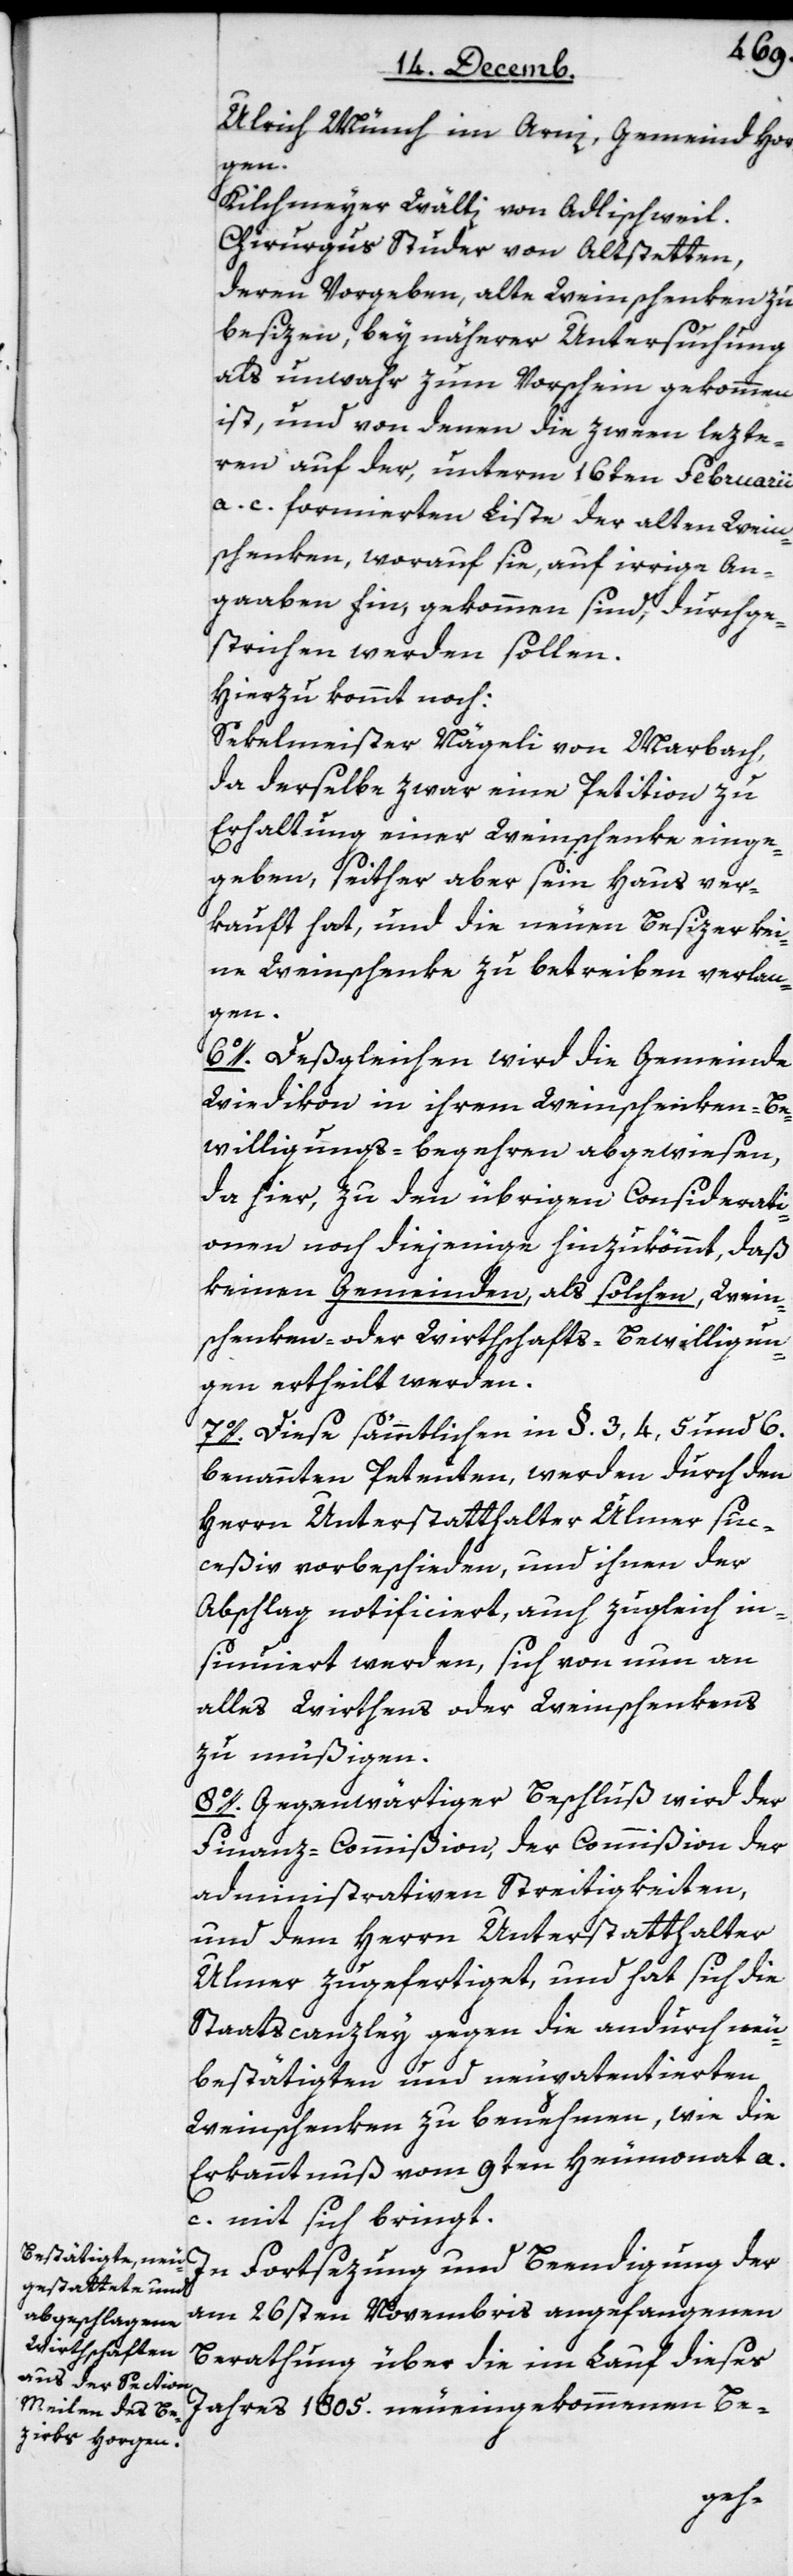
Ulrich Münch im Arni, Gemeind Hor¬
gen.
Kilchmeyer Wälti von Adlischweil.
Chirurgus Studer von Altstetten,
deren Vorgeben, alte Weinschenken zu
besizen, bey näherer Untersuchung
als unwahr zum Vorschein gekommen
ist, und von denen die zween lezte¬
ren auf der, unterm 16ten Februarii
a. c. formierten Liste der alten Wein¬
schenken, worauf sie, auf irrige An¬
gaaben hin, gekommen sind, durchge¬
strichen werden sollen.
Hierzu kommt noch:
Sekelmeister Nägeli von Marbach,
da derselbe zwar eine Petition zu
Erhaltung einer Weinschenke einge¬
geben, seither aber sein Haus ver¬
kauft hat, und die neuen Besizer kei¬
ne Weinschenke zu betreiben verlan¬
gen.
6o. Deßgleichen wird die Gemeinde
Wiedikon in ihrem Weinschenken-Be¬
willigungs-begehren abgewiesen,
da hier, zu den übrigen Considerati¬
onen noch diejenige hinzukömmt, daß
keinen Gemeinden, als solchen, Wein¬
schenken- oder Wirthschafts-Bewilligun¬
gen ertheilt werden.
7o. Diese sämmtlichen in §. 3, 4, 5 und 6.
benannten Petenten, werden durch den
Herrn Unterstatthalter Ulmer suc¬
ceßiv vorbeschieden, und ihnen der
Abschlag notificiert, auch zugleich in¬
sinuiert werden, sich von nun an
alles Wirthens oder Weinschenkens
zu müßigen.
8. Gegenwärtiger Beschluß wird der
Finanz-Commißion, der Commißion der
administrativen Streitigkeiten,
und dem Herrn Unterstatthalter
Ulmer zugefertiget, und hat sich die
Staatscanzley gegen die andurch neu¬
bestätigten und neupatentierten
Weinschenken zu benehmen, wie die
Erkanntnuß vom 9ten Heumonat a.
c. mit sich bringt.
In Fortsezung und Beendigung der
am 26sten Novembris angefangenen
Berathung über die im Lauf dieses
Jahres 1805. neueingekommenen Be-